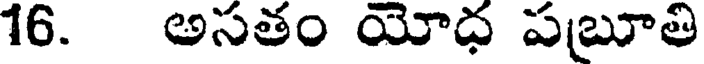
16. అసతం యోధ పబూతి